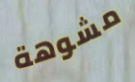
مشوهة